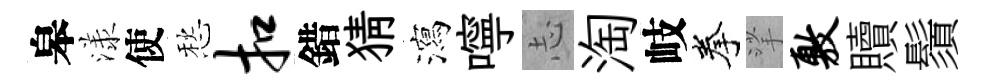
皋漾使愁扣錯猜瀉嚀𢖽淘岐拳挲敷贖鬚